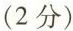
(2分)